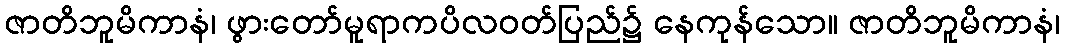
ဇာတိဘူမိကာနံ၊ ဖွားတော်မူရာကပိလဝတ်ပြည်၌ နေကုန်သော။ ဇာတိဘူမိကာနံ၊